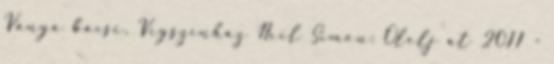
Ványa bácsi, Vígszínház Neil Simon: Ölelj át 2011 -